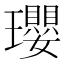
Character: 瓔